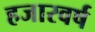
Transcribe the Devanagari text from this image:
हजारवर्ष